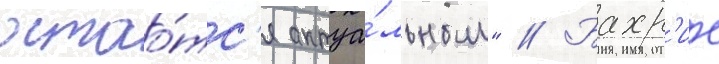
остао́тс'я актуа́льным" // Бахр'ие